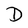
Character: D